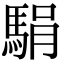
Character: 駽